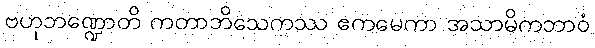
ဗဟုဘဏ္ဍောတိ ကတာဘိသေကဿ ဧကမေကာ အသာမိကဘာဝံ